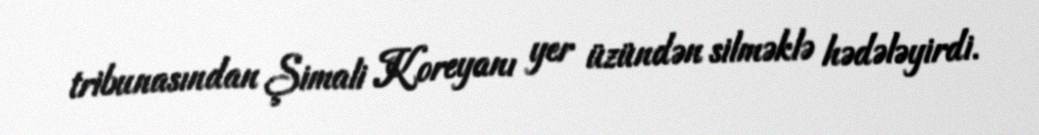
tribunasından Şimali Koreyanı yer üzündən silməklə hədələyirdi.